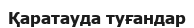
Қаратауда туғандар